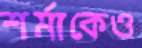
শর্মাকেও